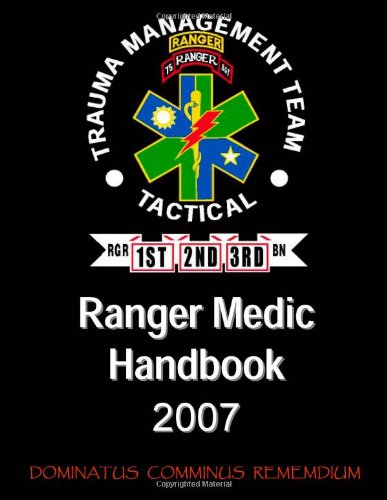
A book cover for Ranger Medic Handbook: 75th Ranger Regiment Trauma Management Team (Tactical) (2007 Edition); U.S. Department Of Defense; Engineering & Transportation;